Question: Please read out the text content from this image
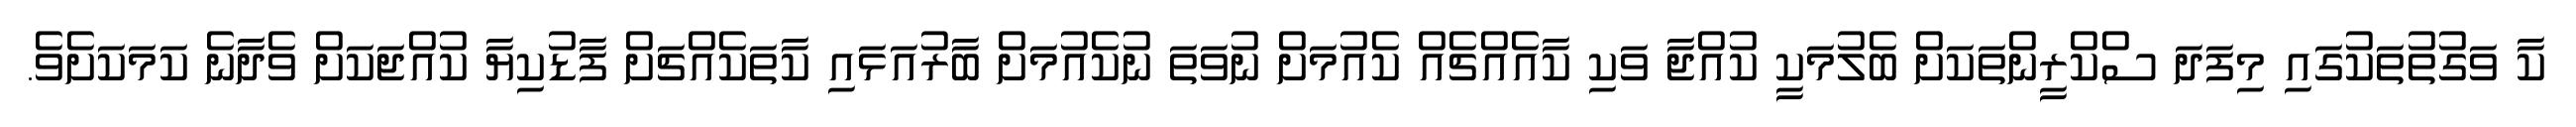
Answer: ކާ ވަގުތުތަކުގައި މިފަދަ ސްކްރީންތަކަށް ބެލުމަކީ ކުއްޖާ ވަކި ކާއެއްޗެއް ކެއުމަށް ނުވަތަ ނުކެއުމަށް ބާރުއަޅައި ކާތަކެއްޗަށް ފާޑުކިޔާ ކުއްޖަކަށް ވެދާނެ ކަމަކަށެވެ.